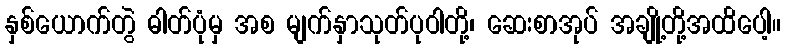
နှစ်ယောက်တွဲ ဓါတ်ပုံမှ အစ မျက်နှာသုတ်ပုဝါတို့၊ ဆေးစာအုပ် အချို့တို့အထိပေါ့။